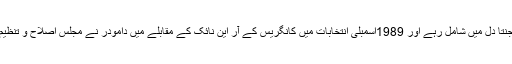
پھر جب وہ سیاسی میدان میں قسمت آزمائی کرنے لگے تو پہلے جنتا دل میں شامل رہے اور 1989اسمبلی انتخابات میں کانگریس کے آر این نائک کے مقابلے میں دامودر نے مجلس اصلاح و تنظیم کے حمایت یافتہ جے ڈی ایس امیدوار کی حیثیت سے مقابلہ کیا۔